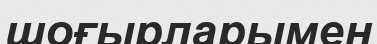
шоғырларымен